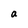
Character: a